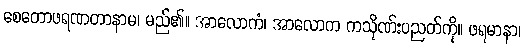
စေတောဖရဏတာနာမ၊ မည်၏။ အာလောကံ၊ အာလောက ကသိုဏ်းပညတ်ကို။ ဖရမာနာ၊